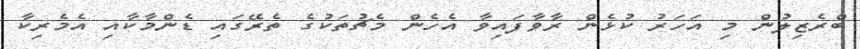
ބްރެޒިލުން މި އަހަރު ކުޅެން ރާވާފައިވާ އެހެން މެޗުތަކުގެ ތެރޭގައި ޑެންމާކާއި އެމެރިކާ